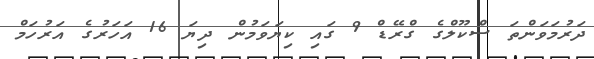
ދަރުމަވަންތަ ސްކޫލްގެ ގްރޭޑް 9 ގައި ކިޔަވަމުން ދިޔަ 16 އަހަރުގެ އަރުހަމް